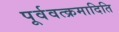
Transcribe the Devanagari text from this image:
पूर्ववत्क्रमादिति